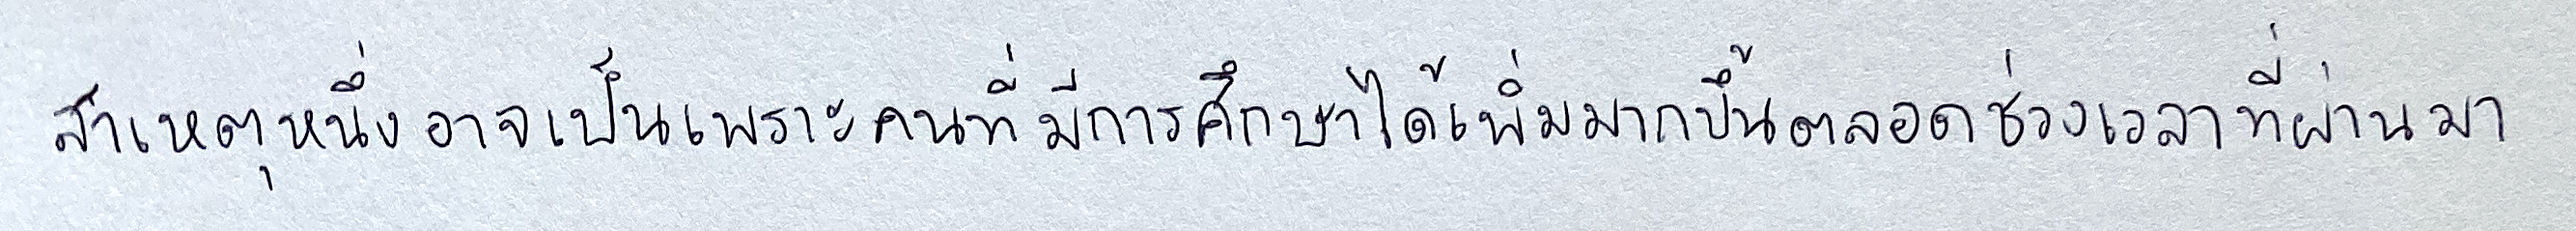
สาเหตุหนึ่งอาจเป็นเพราะคนที่มีการศึกษาได้เพิ่มมากขึ้นตลอดช่วงเวลาที่ผ่านมา